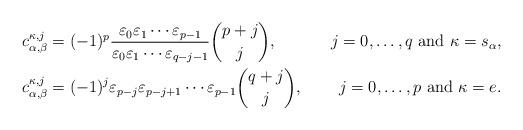
LaTeX: \begin{align*}c_{\alpha,\beta}^{\kappa,j} &=(-1)^p\frac{\varepsilon_0\varepsilon_1\cdots \varepsilon_{p-1}}{\varepsilon_0\varepsilon_1\cdots\varepsilon_{q-j-1}}\binom{p+j}{j}, &j=0,\ldots, q \textrm{ and }\kappa=s_\alpha, \\c_{\alpha,\beta}^{\kappa,j} &=(-1)^j\varepsilon_{p-j}\varepsilon_{p-j+1}\cdots\varepsilon_{p-1}\binom{q+j}{j}, &j=0,\ldots, p \textrm{ and }\kappa=e.\end{align*}